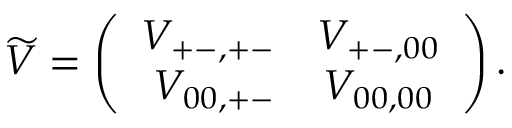
\widetilde V = \left( \begin{array} { r c } { { V _ { + - , + - } } } & { { V _ { + - , 0 0 } } } \\ { { V _ { 0 0 , + - } } } & { { V _ { 0 0 , 0 0 } } } \end{array} \right) .